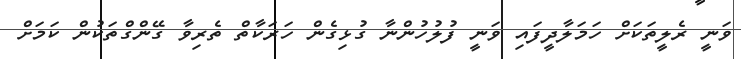
ވަނީ ރެލީތަކަށް ހަމަލާދީފައި ވަނީ ފުލުހުންނާ ގުޅިގެން ހަރަކާތް ތެރިވާ ގޭންގްތަކުން ކަމަށް